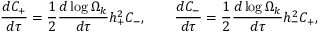
\frac { d C _ { + } } { d \tau } = \frac { 1 } { 2 } \frac { d \log { \Omega _ { k } } } { d \tau } h _ { + } ^ { 2 } C _ { - } , ~ ~ ~ ~ ~ ~ \frac { d C _ { - } } { d \tau } = \frac { 1 } { 2 } \frac { d \log { \Omega _ { k } } } { d \tau } h _ { - } ^ { 2 } C _ { + } ,